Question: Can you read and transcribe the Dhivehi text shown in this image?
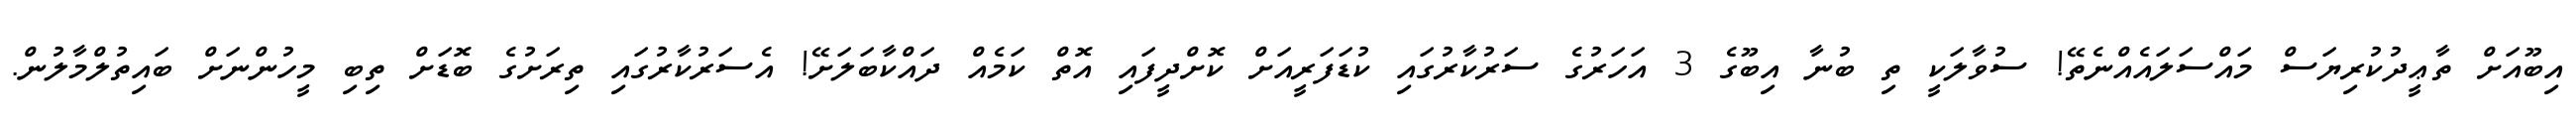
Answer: އިބޫއަށް ތާޢީދުކުރިޔަސް މައްސަލައެއްނެތޭ! ސުވާލަކީ ތި ބުނާ އިބޫގެ 3 އަހަރުގެ ސަރުކާރުގައި ކުޑަފަރީއަށް ކޮށްދީފައި އޮތް ކަމެއް ދައްކާބަލަށޭ! އެސަރުކާރުގައި ތިރަށުގެ ބޮޑަށް ތިބި މީހުންނަށް ބައިތުލްމާލުން.